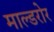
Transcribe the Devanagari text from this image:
माल्डरोर